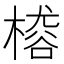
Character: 𣙴